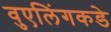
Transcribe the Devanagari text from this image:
वुएलिंगकडे